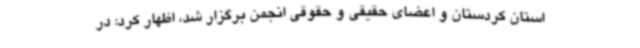
استان کردستان و اعضای حقیقی و حقوقی انجمن برگزار شد، اظهار کرد: در